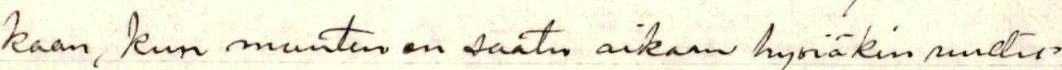
kaan, kun muuten on saatu aikaan hyviäkin uudis=